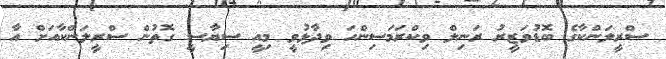
ސްރީލަންކާގެ ބޮޑުވަޒީރު ރަނިލް ވިކްރަމަސިންހަ ވިދާޅުވީ މިއީ ސިޔާސީ ގޮތުން ސްރީލަންކާއަށް އާ